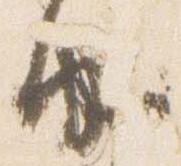
由